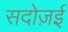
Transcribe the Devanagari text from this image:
सदोज़ई